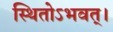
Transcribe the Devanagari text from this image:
स्थितोऽभवत्‌।